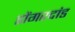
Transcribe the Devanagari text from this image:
डोंगरदांड